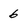
Character: 6